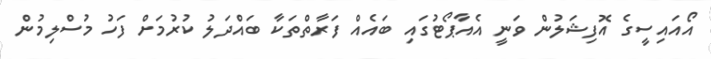
އޯއައިސީގެ އޮފިޝަލުން ވަނީ އެއާޕޯޓުގައި ބައެއް ފަރާތްތަކާ ބައްދަލު ކުރުމަށް ފަހު މުސްލިމުން